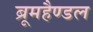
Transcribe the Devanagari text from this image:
ब्रूमहैण्डल